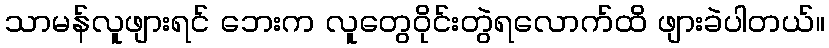
သာမန်လူဖျားရင် ဘေးက လူတွေဝိုင်းတွဲရလောက်ထိ ဖျားခဲပါတယ်။